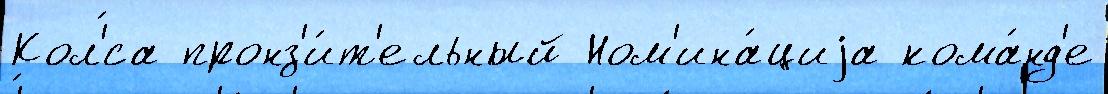
Кол'́са пронз'и́т'ельный Ном'ина́циjа кома́нд'е